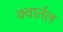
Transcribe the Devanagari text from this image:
क्वार्तल